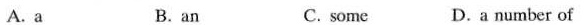
A. a B.an C. some D.a number of